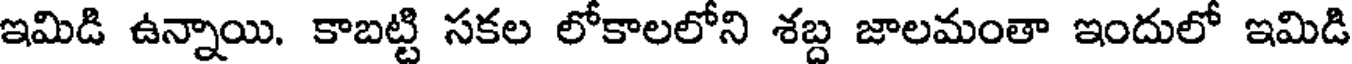
ఇమిడి ఉన్నాయి. కాబట్టి సకల లోకాలలోని శబ్ద జాలమంతా ఇందులో ఇమిడి